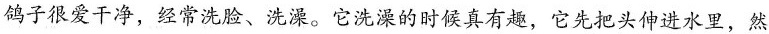
鸽子很爱干净，经常洗脸、洗澡。它洗澡的时候真有趣，它先把头伸进水里，然